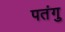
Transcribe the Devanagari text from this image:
पतंगु